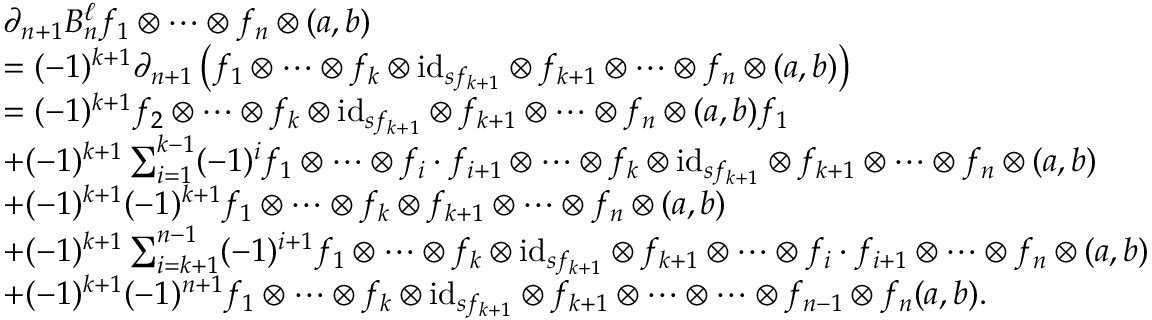
\begin{array} { r l } & { \partial _ { n + 1 } B _ { n } ^ { \ell } f _ { 1 } \otimes \dots \otimes f _ { n } \otimes ( a , b ) } \\ & { = ( - 1 ) ^ { k + 1 } \partial _ { n + 1 } \left( f _ { 1 } \otimes \dots \otimes f _ { k } \otimes \mathrm { i d } _ { s f _ { k + 1 } } \otimes f _ { k + 1 } \otimes \dots \otimes f _ { n } \otimes ( a , b ) \right) } \\ & { = ( - 1 ) ^ { k + 1 } f _ { 2 } \otimes \dots \otimes f _ { k } \otimes \mathrm { i d } _ { s f _ { k + 1 } } \otimes f _ { k + 1 } \otimes \dots \otimes f _ { n } \otimes ( a , b ) f _ { 1 } } \\ & { + ( - 1 ) ^ { k + 1 } \sum _ { i = 1 } ^ { k - 1 } ( - 1 ) ^ { i } f _ { 1 } \otimes \dots \otimes f _ { i } \cdot f _ { i + 1 } \otimes \dots \otimes f _ { k } \otimes \mathrm { i d } _ { s f _ { k + 1 } } \otimes f _ { k + 1 } \otimes \dots \otimes f _ { n } \otimes ( a , b ) } \\ & { + ( - 1 ) ^ { k + 1 } ( - 1 ) ^ { k + 1 } f _ { 1 } \otimes \dots \otimes f _ { k } \otimes f _ { k + 1 } \otimes \dots \otimes f _ { n } \otimes ( a , b ) } \\ & { + ( - 1 ) ^ { k + 1 } \sum _ { i = k + 1 } ^ { n - 1 } ( - 1 ) ^ { i + 1 } f _ { 1 } \otimes \dots \otimes f _ { k } \otimes \mathrm { i d } _ { s f _ { k + 1 } } \otimes f _ { k + 1 } \otimes \dots \otimes f _ { i } \cdot f _ { i + 1 } \otimes \dots \otimes f _ { n } \otimes ( a , b ) } \\ & { + ( - 1 ) ^ { k + 1 } ( - 1 ) ^ { n + 1 } f _ { 1 } \otimes \dots \otimes f _ { k } \otimes \mathrm { i d } _ { s f _ { k + 1 } } \otimes f _ { k + 1 } \otimes \dots \otimes \dots \otimes f _ { n - 1 } \otimes f _ { n } ( a , b ) . } \end{array}